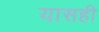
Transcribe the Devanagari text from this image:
यासही